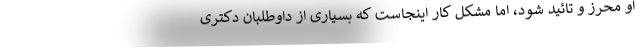
او محرز و تائید شود، اما مشکل کار اینجاست که بسیاری از داوطلبان دکتری